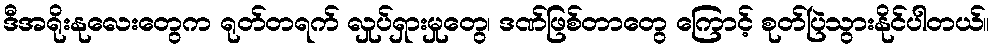
ဒီအရိုးနုလေးတွေက ရုတ်တရက် လှုပ်ရှားမှုတွေ၊ ဒဏ်ဖြစ်တာတွေ ကြောင့် စုတ်ပြဲသွားနိုင်ပါတယ်။